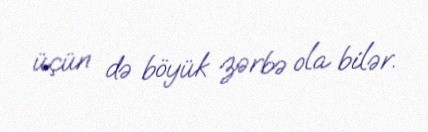
üçün də böyük zərbə ola bilər.